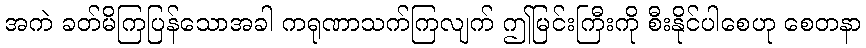
အကဲ ခတ်မိကြပြန်သောအခါ ကရုဏာသက်ကြလျက် ဤမြင်းကြီးကို စီးနိုင်ပါစေဟု စေတနာ